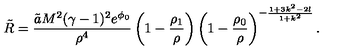
\tilde { R } = \frac { \tilde { a } M ^ { 2 } ( \gamma - 1 ) ^ { 2 } e ^ { \phi _ { 0 } } } { \rho ^ { 4 } } \left( 1 - \frac { \rho _ { 1 } } { \rho } \right) \left( 1 - \frac { \rho _ { 0 } } { \rho } \right) ^ { - \frac { 1 + 3 k ^ { 2 } - 2 l } { 1 + k ^ { 2 } } } .